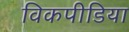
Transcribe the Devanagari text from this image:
विकपीडिया